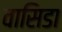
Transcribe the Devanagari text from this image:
वासिडा